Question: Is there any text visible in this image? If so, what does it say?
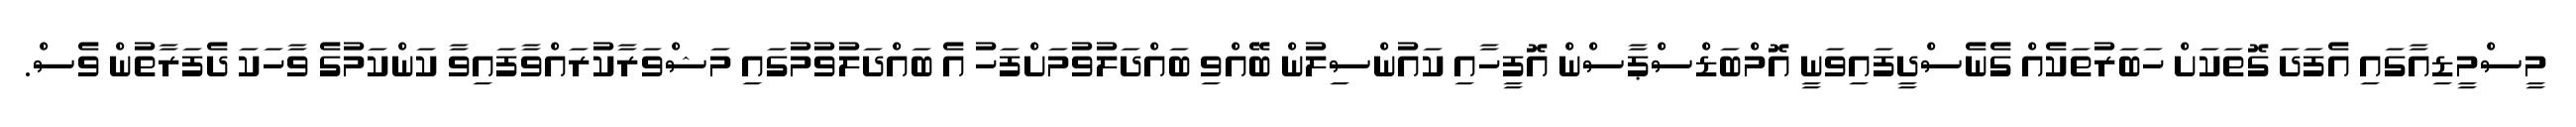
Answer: މީސްމީޑިއާގައި އެފަދަ ގޮތަކަށް ހަބަރުތަކެއް ގެނެސްދީފައިވަނީ އޮމްބަޑްސްޕާސްން އޮފީހާއި ކައުންސިލުން ބޭއްވި ބައްދަލުވުމަށްފަހު އެ ބައްދަލުވުމުގައި މަޝްވަރާކުރައްވާފައިވާ ކަންކަމުގެ ވާހަކަ ދެފަރާތުން ވެސް.